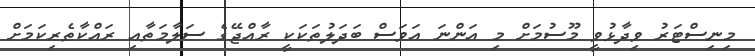
މިނިސްޓަރު ވިދާޅުވީ މޫސުމަށް މި އަންނަ އަވަސް ބަދަލުތަކަކީ ރާއްޖޭގެ ސަލާމަތާއި ރައްކާތެރިކަމަށް